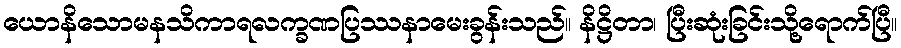
ယောနိသောမနသိကာရလက္ခဏပြဿနာမေးခွန်းသည်။ နိဋ္ဌိတာ၊ ပြီးဆုံးခြင်းသို့ရောက်ပြီ။